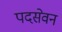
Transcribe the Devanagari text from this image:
पदसेवन